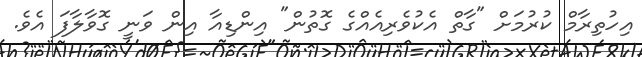
އިހުތިރާމް ކުރުމަށް "ގާތް އެކުވެރިއެއްގެ ގޮތުން" އިންޑިއާ އިން ވަނީ ގޮވާލާފަ އެވެ.